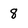
Character: 8